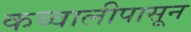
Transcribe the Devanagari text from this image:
कव्वालीपासून